Leaving Certificate Examination, 1925
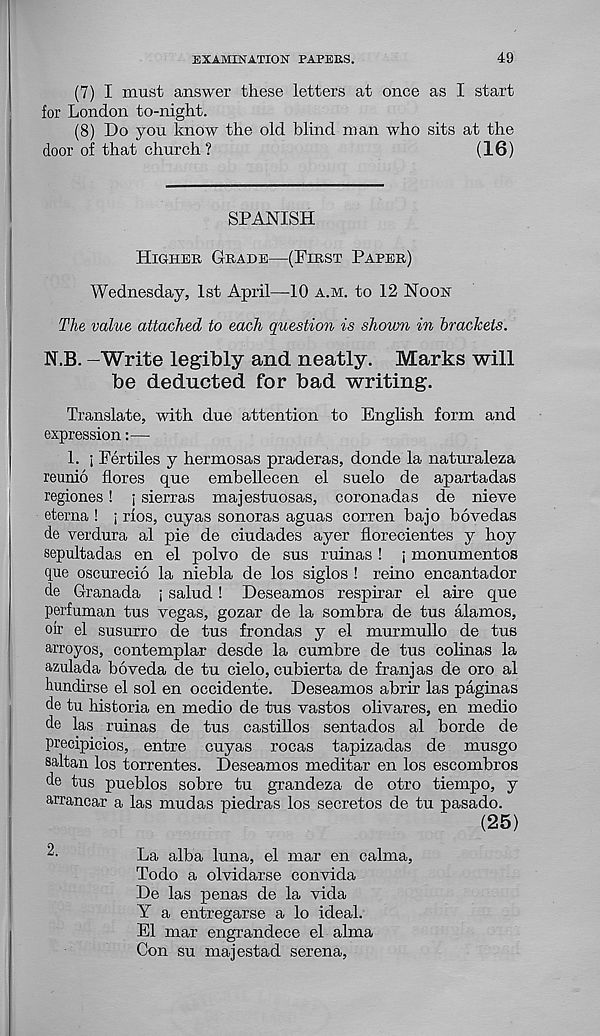
EXAMINATION PAPERS.
49
(7) I must answer these letters at once as I start
for London to-night.
(8) Do you know the old blind man who sits at the
door of that church?
(16)
SPANISH
Higher Grade—(First Paper)
Wednesday, 1st April—10 a.m. to 12 Noon
The value attached to each question is shown in brackets.
N.B. -Write legibly and neatly. Marks will
be deducted for bad writing.
Translate, with due attention to English form and
expression:—
1. i Fertiles y hermosas praderas, donde la naturaleza
reunio flores que embellecen el suelo de apartadas
regiones! ; sierras majestuosas, coronadas de nieve
eterna ! j rios, cuyas sonoras aguas corren bajo bovedas
de verdura al pie de ciudades ayer florecientes y hoy
sepultadas en el polvo de sus ruinas ! j monumentos
que oscurecio la niebla de los siglos ! reino encantador
de Granada j salud! Deseamos respirar el aire que
perfuman tus vegas, gozar de la sombra de tus alamos,
oir el susurro de tus frondas y el murmullo de tus
arroyos, contemplar desde la cumbre de tus colinas la
azulada boveda de tu cielo, cubierta de franjas de oro al
hundirse el sol en occidente. Deseamos abrir las paginas
de tu historia en medio de tus vastos olivares, en medio
de las ruinas de tus castillos sentados al borde de
precipicios, entre cuyas rocas tapizadas de musgo
saltan los torrentes. Deseamos meditar en los escombros
de tus pueblos sobre tu grandeza de otro tiempo, y
arrancar a las mudas piedras los secretos de tu pasado.
(25)
La alba luna, el mar en calma,
Todo a olvidarse convida
De las penas de la vida
Y a entregarse a lo ideal.
El mar engrandece el alma
Con su majestad serena.